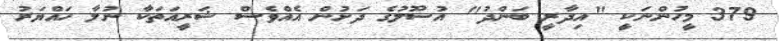
379 މީހުންނަކީ "އިދާރީ ބަންދު" އުސޫލުގެ ދަށުން އެއްވެސް ޝަރީއަތަކާ ނުލާ ހައްޔަރު